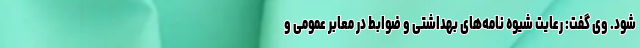
شود. وی گفت: رعایت شیوه نامه‌های بهداشتی و ضوابط در معابر عمومی و